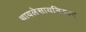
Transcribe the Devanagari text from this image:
थायलेसायनिडाए